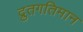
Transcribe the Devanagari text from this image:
द्रुतगतिमान